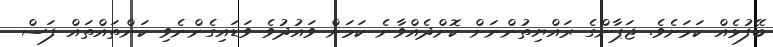
ބޭފުޅެއް ކަމަށެވެ. ޖަޕާންގެ ރައްޔިތުންނަށް ކޮށްދެއްވާނެ ކަމަށް ވައުދުވެ ވަޑައިގެންނެވި ކަންތައްތައް ފަސް